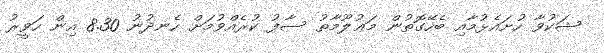
ޝަކުވާ ހުށައެޅުމާއި ބެހޭގޮތުން މަޢުލޫމާތު ސާފު ކުރެއްވުމަށް ހެނދުނު 8.30 އިން ހަވީރު